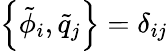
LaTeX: \left\{ \tilde{\phi}_{i},\tilde{q}_{j}\right\} =\delta_{ij}